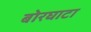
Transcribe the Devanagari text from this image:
बोरघाटा